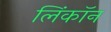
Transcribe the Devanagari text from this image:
लिंकॉन